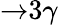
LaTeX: {\rightarrow}3{\gamma}